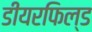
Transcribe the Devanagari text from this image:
डीयरफिल्ड